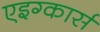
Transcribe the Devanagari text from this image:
एइग्कार्स